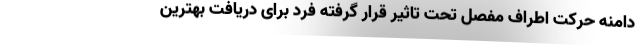
دامنه حرکت اطراف مفصل تحت تاثیر قرار گرفته فرد برای دریافت بهترین